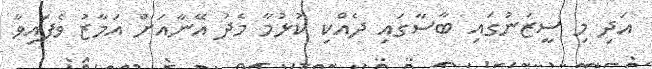
އަދި މި ސީޒަނުގައި ބާސާގައި ދެއްކި ކުޅުމާ މެދު އޭނާއަށް އަމާޒު ވެފައިވާ